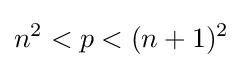
n^{2}<p<(n+1)^{2}